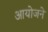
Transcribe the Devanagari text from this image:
आयोजने